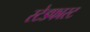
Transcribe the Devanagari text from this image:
स्टेडफास्ट